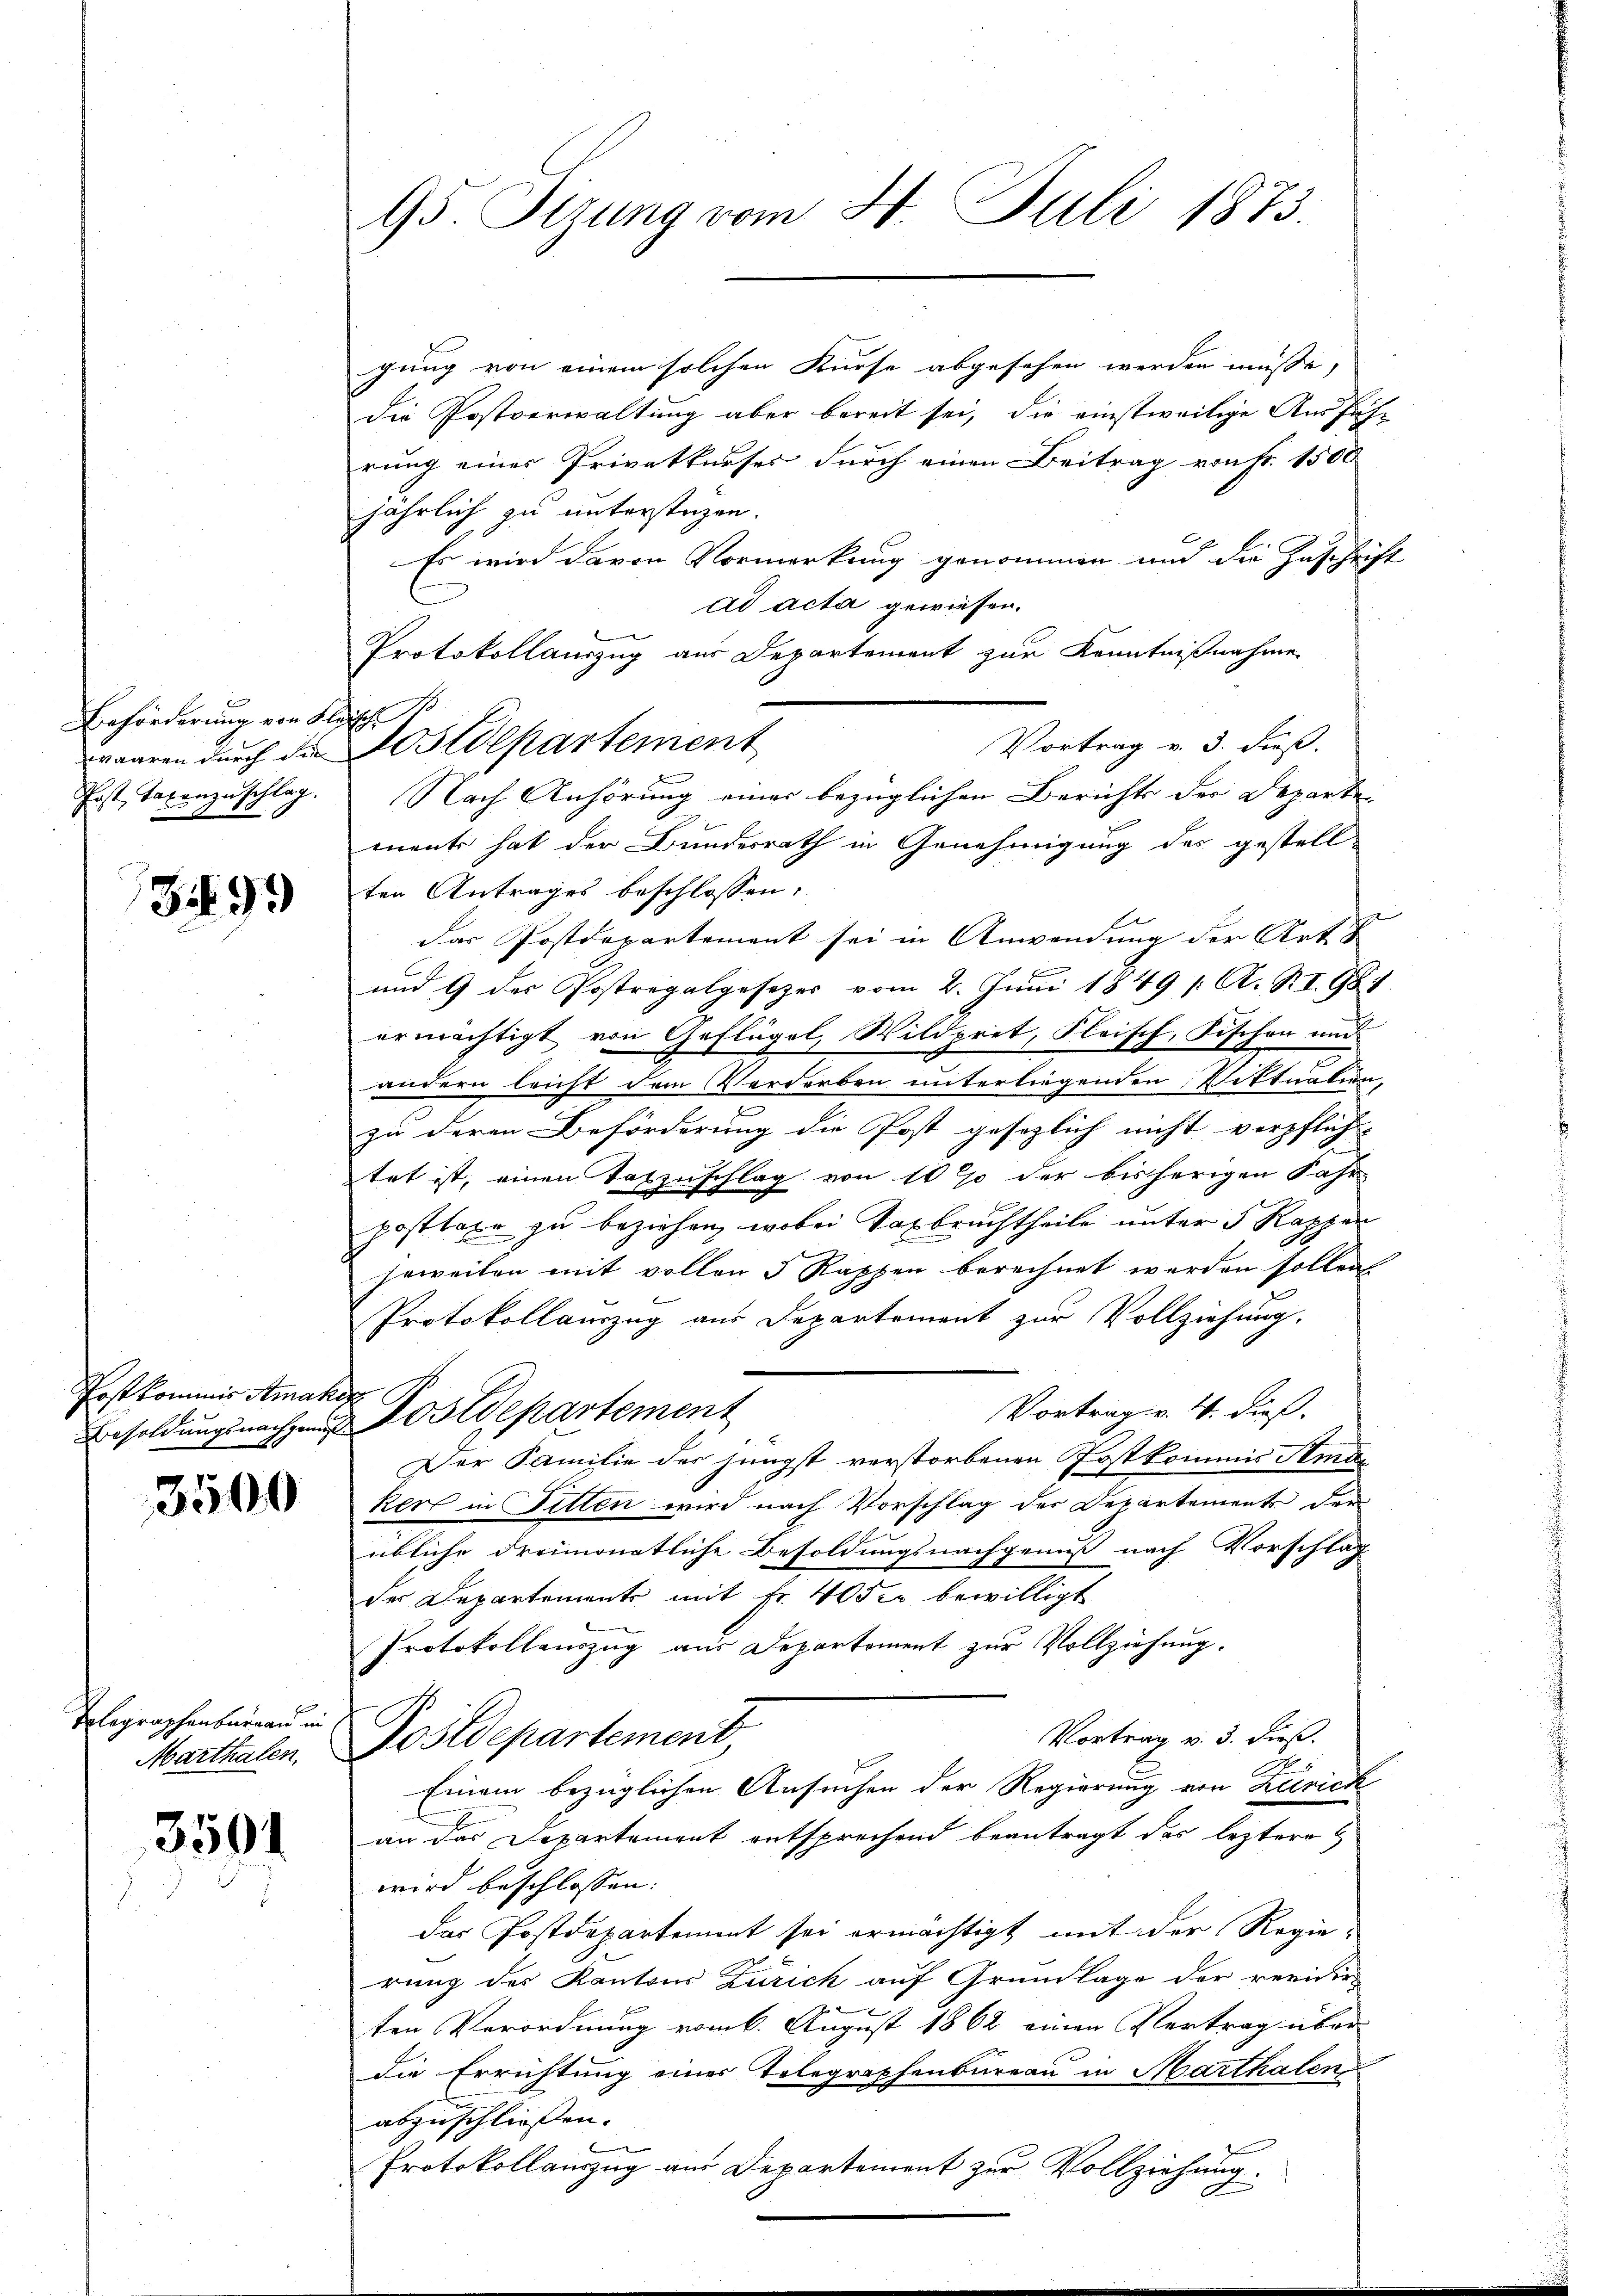
Beförderung von Fleisch

3499

Post kommis Amakop

3500

Telegraphenbureau in
Marthalen.

3501

gung von einem solchen Kurse abgesehen werden müsse,
die Postverwaltung aber bereit sei, die einstweilige Ausführung einer Privatkurses durch einen Beitrag von Fr. 1500
jährlich zu unterstagen.
Es wird davon Vormerkung genommen und die Zuschrift
ad acta gewiesen.
Protokollauszug aus Departement zur Kenntnißnahme
Vortrag v. 3. dieß.
Erst, Taxenzuschlag. Nach Anhörung einer bezüglichen Berichts der Departement hat der Bundesrath in Genehmigung des gestell-
ten Antrages beschlossen:
das Postdepartement sei in Anwendung der Art u
und 9 des Postregalgesezes vom 2. Juni 1849 /: A. RI. 987
ermächtigt von Geflügel, Wildpret, Fleisch, Fischen und
andern leicht dem Verdorben unterliegenden Wittnalien,
zu deren Beförderung die Post gesezlich nicht verpflich-
tet ist, einen Taszuschlag von 10 % der bisherigen Jahr
posttaxe zu beziehen, wobei Taxbruchtheile unter 5 Rappen
jeweilen mit vollen 5 Rappen berechnet werden sollen
Protokollauszug aus Departement zur Vollziehung.
Vortrag v. 4. dieß.
Besoldungsnachzung Postdepartement
Der Familie der jüngst verstorbenen Postkommis Amakers in Sitten wird nach Vorschlag der Departements der
übliche dreimonatliche Besoldungsnachgenuß nach Vorschlag
der Departements mit fr. 40 der bewilligt
Protokollauszug aus Departement zur Vollziehung.
Vortrag v. 3. dieß.
Postdepartement,
Einem bezüglichen Ansuchen der Regierung von Zürich
an das Departement entsprechend beantragt das leztere Z
wird beschlossen: |
das Postdepartement sei ermächtigt mit der Regie-
rung des Kantons Zürich auf Grundlage der revidir
ten Verordnung vom 6. August 1862 einen Vertrag über-
die Errichtung eines Telegraphenbureau in Marthalen
abzuschliessen.
Protokollauszug aus Departement zur Vollziehung.

95. Tizung vom 31. Juli 1873.

waaren durch da Postdepartement